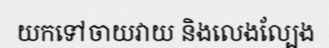
យកទៅចាយវាយ និងលេងល្បែង